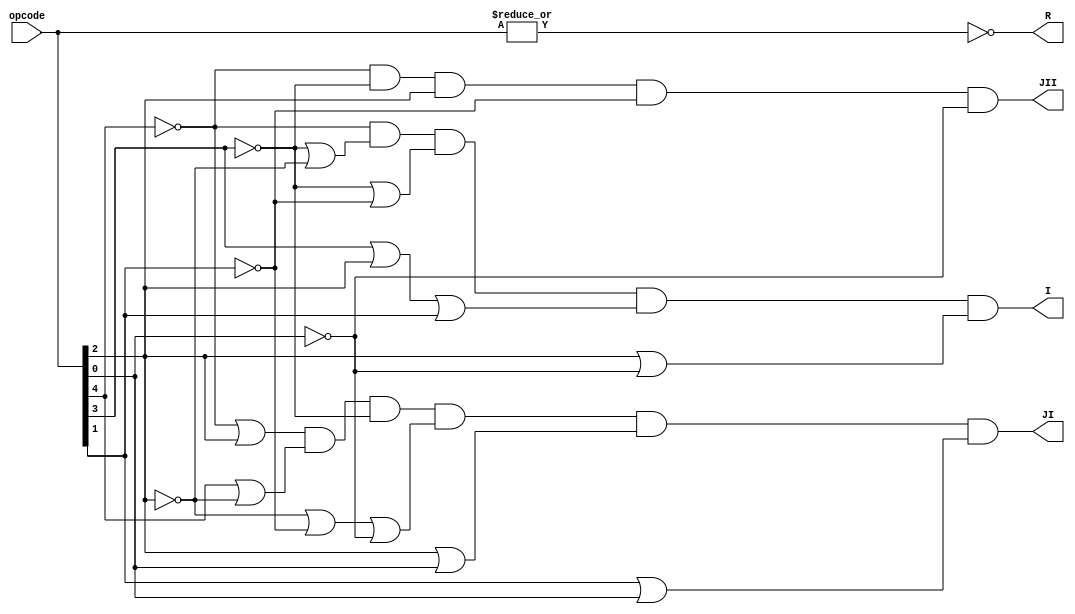
module decode_OP(opcode, R, I, JI, JII);
    input[4:0] opcode;
    output R, I, JI, JII;

    assign R = ~|opcode;
    assign I = !opcode[4] & (!opcode[3] | !opcode[2]) & (!opcode[3] | !opcode[1]) & (opcode[3] | opcode[2] | opcode[1]) & (opcode[2] | !opcode[0]);
    assign JI = (!opcode[4] | opcode[2]) & (opcode[4] | !opcode[2]) & !opcode[3] & (!opcode[2] | !opcode[1] | !opcode[0]) & (opcode[2] | opcode[0]) & (opcode[1] | opcode[0]);
    assign JII = !opcode[4] & !opcode[3] & opcode[2] & !opcode[1] & !opcode[0];

endmodule